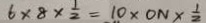
6 \times 8 \times \frac { 1 } { 2 } = 1 0 \times 0 N \times \frac { 1 } { 2 }